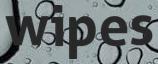
wipes